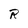
Character: R